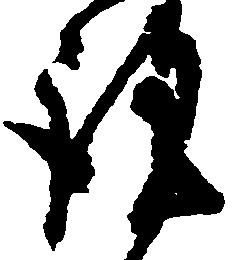
謹